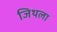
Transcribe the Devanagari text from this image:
जिथला